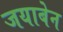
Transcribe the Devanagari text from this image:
जयाबेन